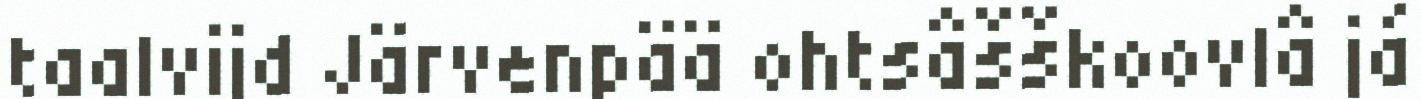
taalvijd Järvenpää ohtsâšškoovlâ já